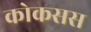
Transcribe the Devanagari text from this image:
कोकसस